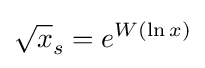
{\sqrt {x}}_{s}=e^{W(\ln x)}